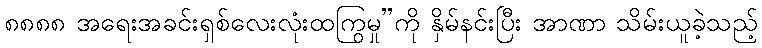
၈၈၈၈ အရေးအခင်းရှစ်လေးလုံးထကြွမှု”ကို နှိမ်နင်းပြီး အာဏာ သိမ်းယူခဲ့သည့်